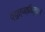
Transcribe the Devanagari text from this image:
व्युत्पत्तिसूचन